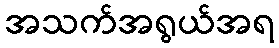
အသက်အရွယ်အရ